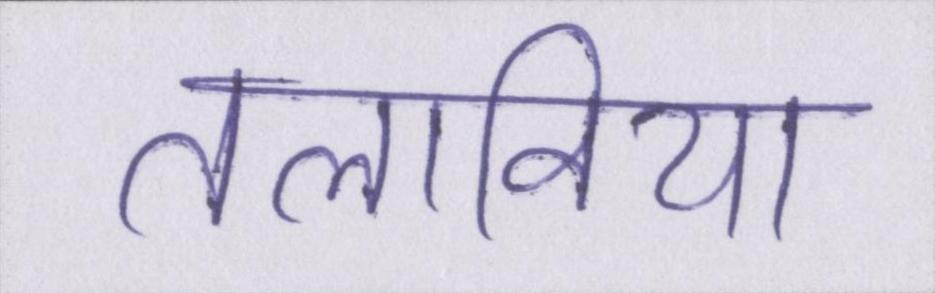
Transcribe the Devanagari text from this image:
तलाविया